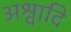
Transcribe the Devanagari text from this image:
अश्वादि